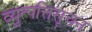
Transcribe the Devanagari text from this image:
व्युत्पत्तिसूचन